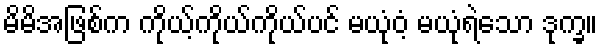
မိမိအဖြစ်က ကိုယ့်ကိုယ်ကိုယ်ပင် မယုံဝံ့ မယုံရဲသော ဒုက္ခ။